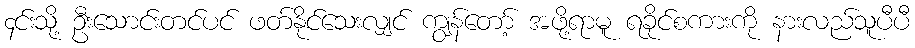
၄င်းသို့ ဦးသောင်းတင်ပင် ဖတ်နိုင်သေးလျှင် ကျွန်တော့် အဖို့ရာမူ ရခိုင်စကားကို နားလည်သူပီပီ